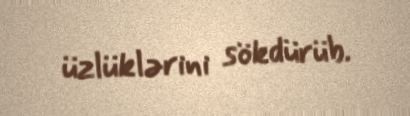
üzlüklərini sökdürüb.